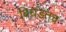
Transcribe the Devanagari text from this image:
बिघडतच